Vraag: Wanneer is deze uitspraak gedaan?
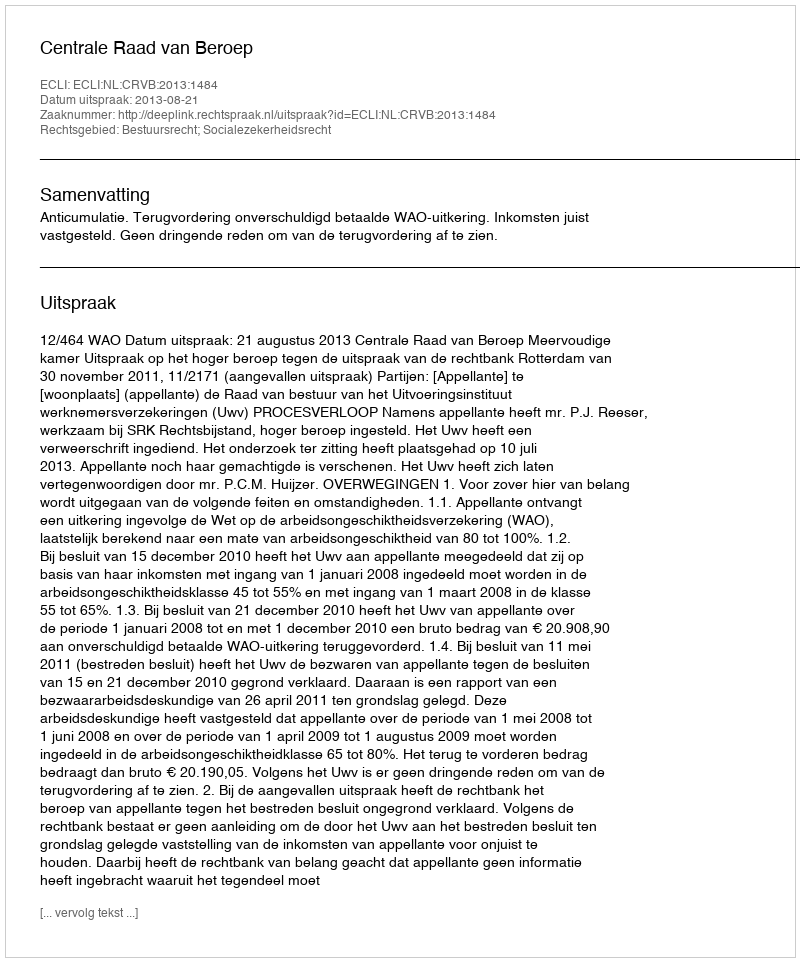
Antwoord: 2013-08-21